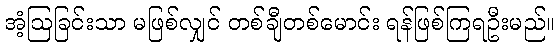
အံ့ဩခြင်းသာ မဖြစ်လျှင် တစ်ချီတစ်မောင်း ရန်ဖြစ်ကြရဦးမည်။